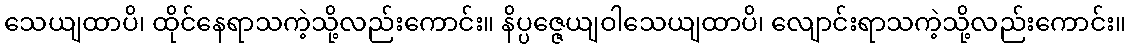
သေယျထာပိ၊ ထိုင်နေရာသကဲ့သို့လည်းကောင်း။ နိပ္ပဇ္ဇေယျဝါသေယျထာပိ၊ လျောင်းရာသကဲ့သို့လည်းကောင်း။